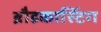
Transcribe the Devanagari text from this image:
ब्रौडकास्टिंग